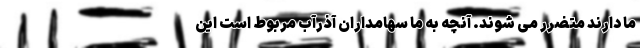
ما دارند متضرر می‌ شوند. آنچه به ما سهامداران آذرآب مربوط است این